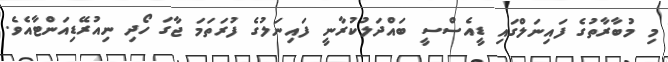
މި މުބާރާތުގެ ފައިނަލްގައި ޑީއެސްސީ ބައްދަލުކުރާނީ ފައިނަލުގެ ފުރަތަމަ ޖާގަ ހޯދި ނިއުރޭޑިއަންޓާއެވެ.